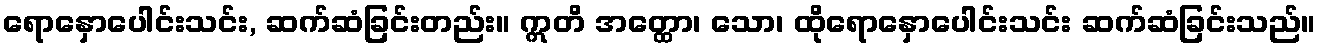
ရောနှောပေါင်းသင်း, ဆက်ဆံခြင်းတည်း။ ဣတိ အတ္ထော၊ သော၊ ထိုရောနှောပေါင်းသင်း ဆက်ဆံခြင်းသည်။